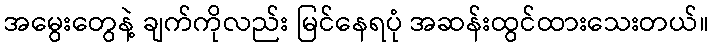
အမွေးတွေနဲ့ ချက်ကိုလည်း မြင်နေရပုံ အဆန်းထွင်ထားသေးတယ်။